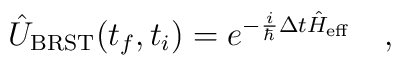
\hat{U}_{\rm BRST}(t_f,t_i)=e^{-\frac{i}{\hbar}\Delta t \hat{H}_{\rm eff}}\ \ \ ,